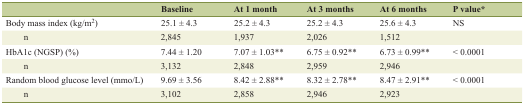
|  | Baseline | At 1 month | At 3 months | At 6 months | P value* |
 | --- | --- | --- | --- | --- | --- |
 | Body mass index (kg/m2) | 25.1 ± 4.3 | 25.2 ± 4.3 | 25.2 ± 4.3 | 25.6 ± 4.3 | NS |
 | n | 2,845 | 1,937 | 2,026 | 1,512 |  |
 | HbA1c (NGSP) (%) | 7.44 ± 1.20 | 7.07 ± 1.03** | 6.75 ± 0.92** | 6.73 ± 0.99** | < 0.0001 |
 | n | 3,132 | 2,848 | 2,959 | 2,946 |  |
 | Random blood glucose level (mmo/L) | 9.69 ± 3.56 | 8.42 ± 2.88** | 8.32 ± 2.78** | 8.47 ± 2.91** | < 0.0001 |
 | n | 3,102 | 2,858 | 2,946 | 2,923 |  |